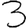
Digit: 3